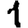
Digit: 1